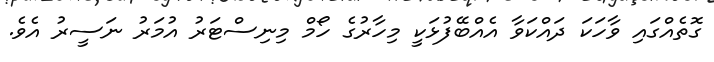
ގޮތެއްގައި ވާހަކަ ދައްކަވާ އެއްބޭފުޅަކީ މިހާރުގެ ހޯމް މިނިސްޓަރު އުމަރު ނަސީރު އެވެ.